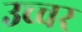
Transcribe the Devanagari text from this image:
उच्चर